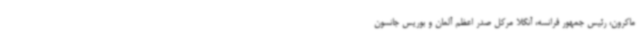
ماکرون، رئیس جمهور فرانسه، آنگلا مرکل صدر اعظم آلمان و بوریس جانسون